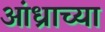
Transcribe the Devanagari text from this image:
आंध्राच्या